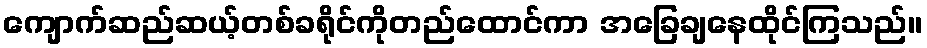
ကျောက်ဆည်ဆယ့်တစ်ခရိုင်ကိုတည်ထောင်ကာ အခြေချနေထိုင်ကြသည်။